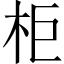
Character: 柜